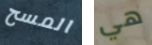
المسح هي